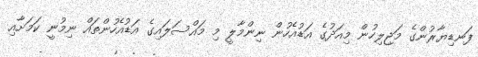
ފަނޑިޔާރުންގެ މަޖިލިހުން މިއަދުގެ އަޑުއެހުން ނިންމާލީ މި މައްސަލައިގެ އަޑުއެހުންތައް ނިމުނީ ކަމަށާއި